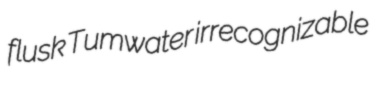
flusk Tumwater irrecognizable